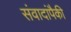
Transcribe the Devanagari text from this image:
संवादांपैकी